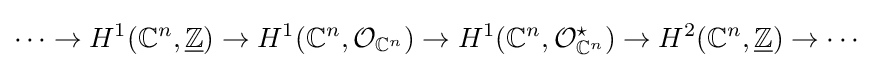
\dots \to H^{1}(\mathbb {C} ^{n},{\underline {\mathbb {Z} }})\to H^{1}(\mathbb {C} ^{n},{\mathcal {O}}_{\mathbb {C} ^{n}})\to H^{1}(\mathbb {C} ^{n},{\mathcal {O}}_{\mathbb {C} ^{n}}^{\star })\to H^{2}(\mathbb {C} ^{n},{\underline {\mathbb {Z} }})\to \cdots